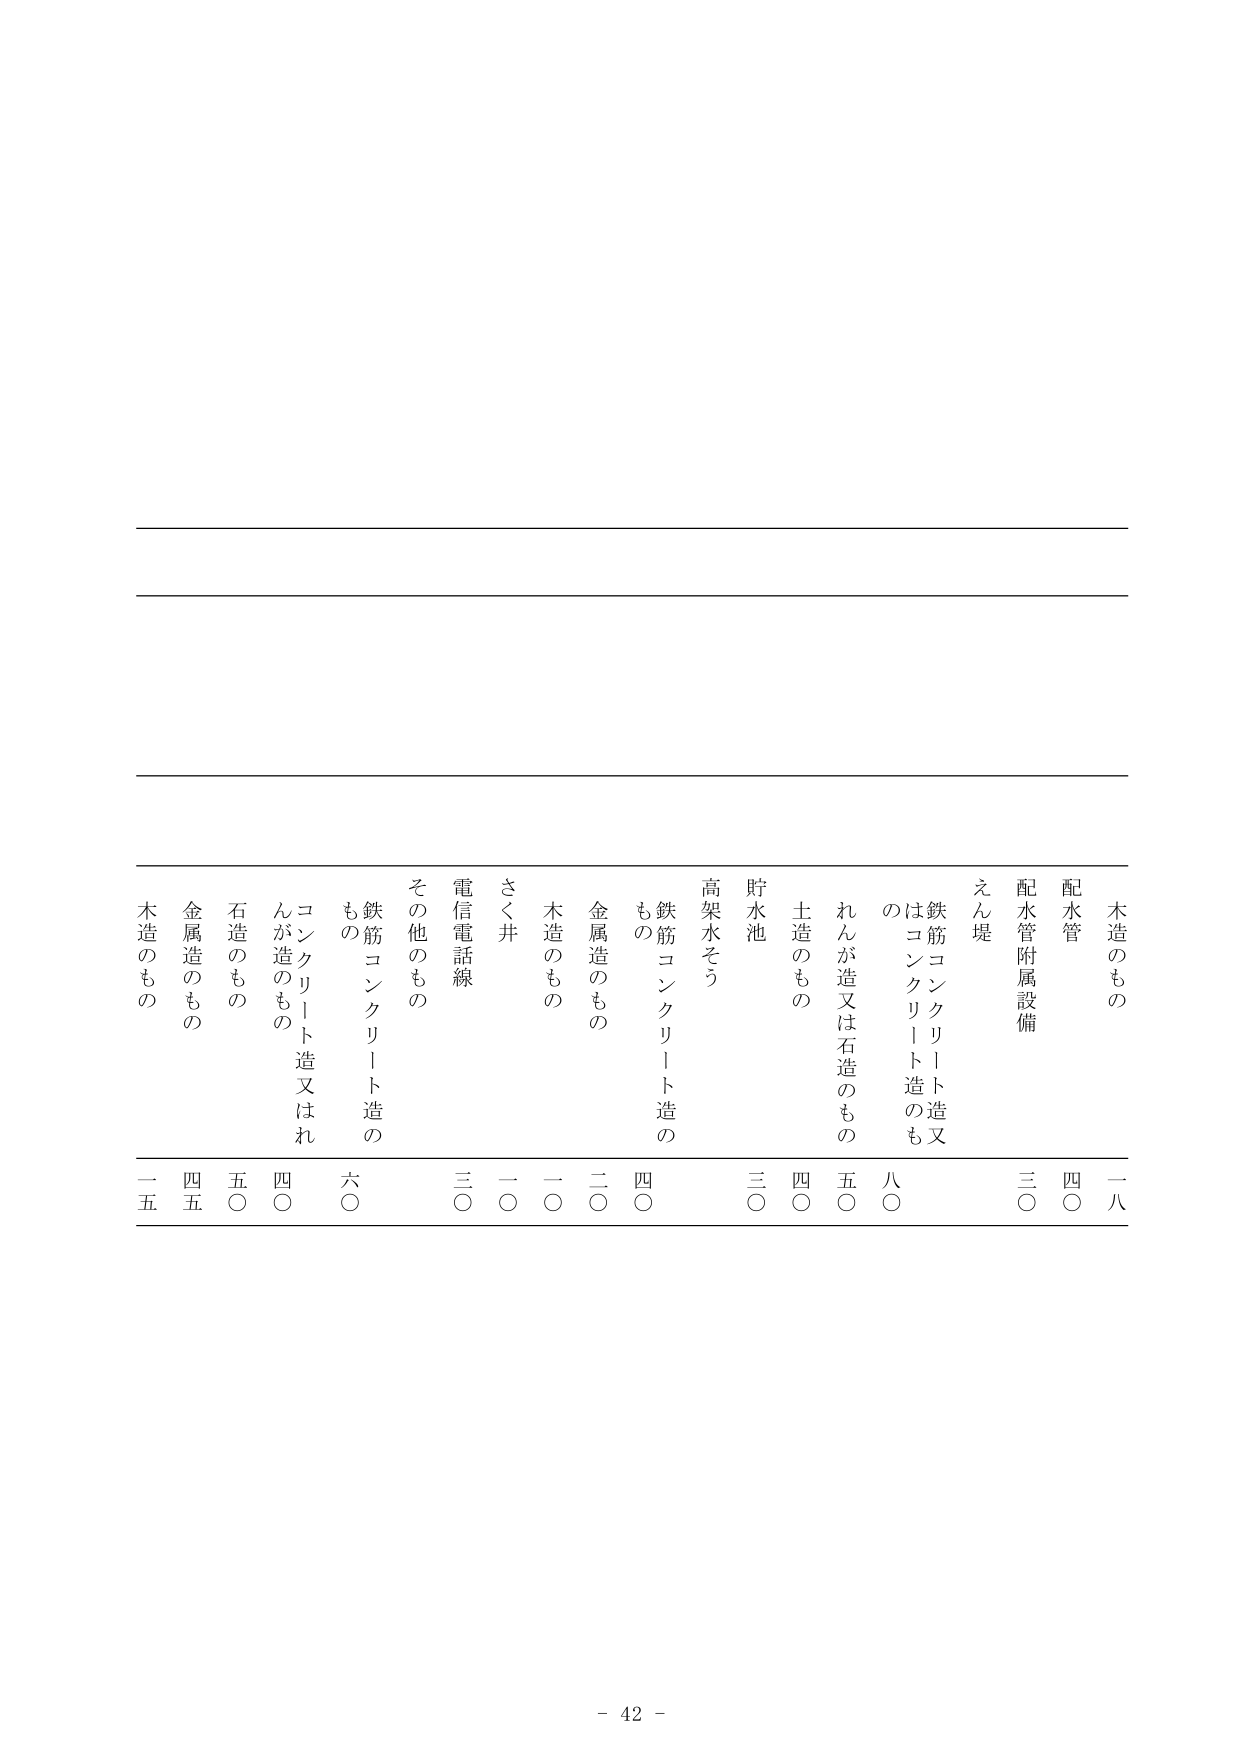
木造のもの
配水管
配水管附属設備
えん堤
鉄筋コンクリート造又はコンクリート造のもの
れんが造又は石造のもの
土造のもの
貯水池
高架水そう
鉄筋コンクリート造のもの
金属造のもの
木造のもの
さく井
電信電話線
その他のもの
鉄筋コンクリート造のもの
コンクリート造又はれんが造のもの
石造のもの
金属造のもの
木造のもの

一八
四〇
三〇
八〇
五〇
四〇
三〇
四〇
二〇
一〇
一〇
三〇
六〇
四〇
五〇
四五
一五

- 42 -